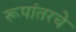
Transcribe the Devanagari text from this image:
रूपांतरचे